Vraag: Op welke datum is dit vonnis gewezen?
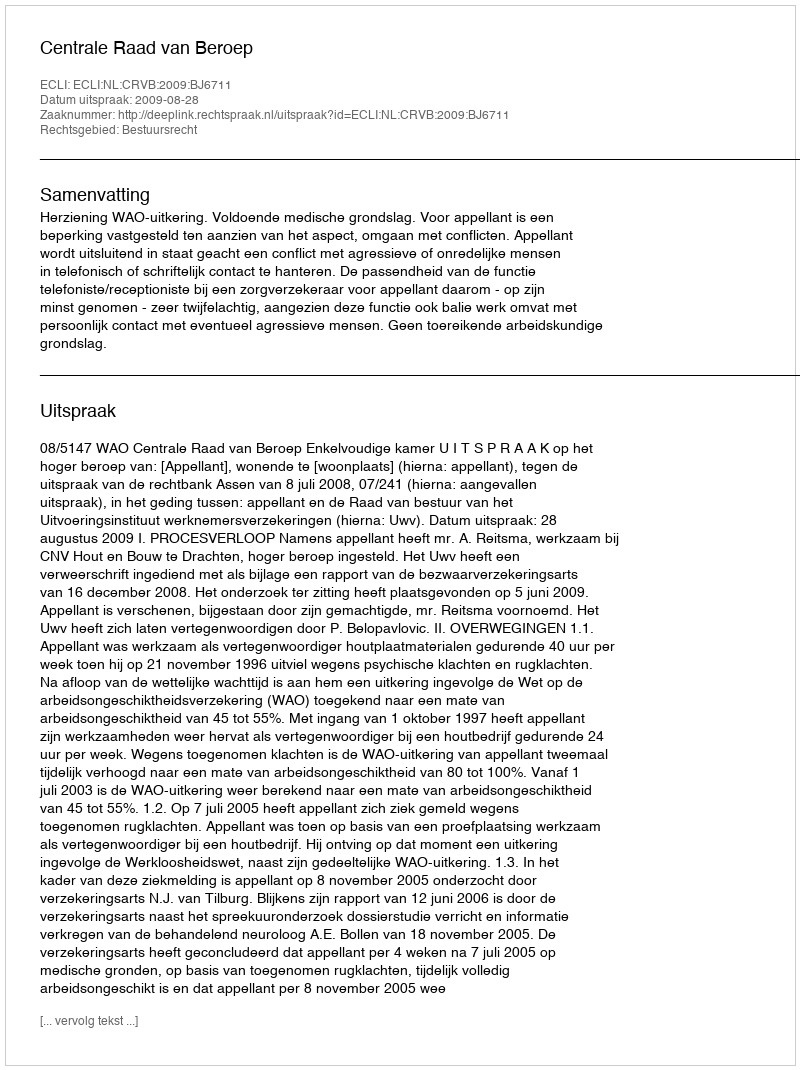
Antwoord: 2009-08-28